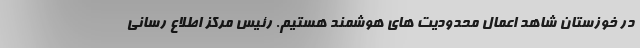
در خوزستان شاهد اعمال محدودیت های هوشمند هستیم. رئیس مرکز اطلاع رسانی